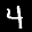
Label: 4